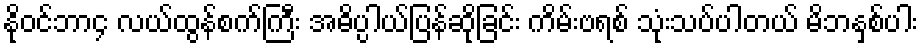
နိုဝင်ဘာ၄ လယ်ထွန်စက်ကြီး အဓိပ္ပါယ်ပြန်ဆိုခြင်း ကိမ်းဗရစ် သုံးသပ်ပါတယ် မိဘနှစ်ပါး